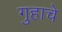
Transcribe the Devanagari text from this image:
गुहाचे